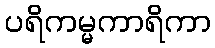
ပရိကမ္မကာရိကာ